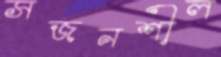
সজনশীল